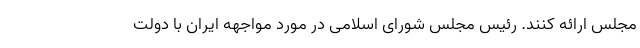
مجلس ارائه کنند. رئیس مجلس شورای اسلامی در مورد مواجهه ایران با دولت